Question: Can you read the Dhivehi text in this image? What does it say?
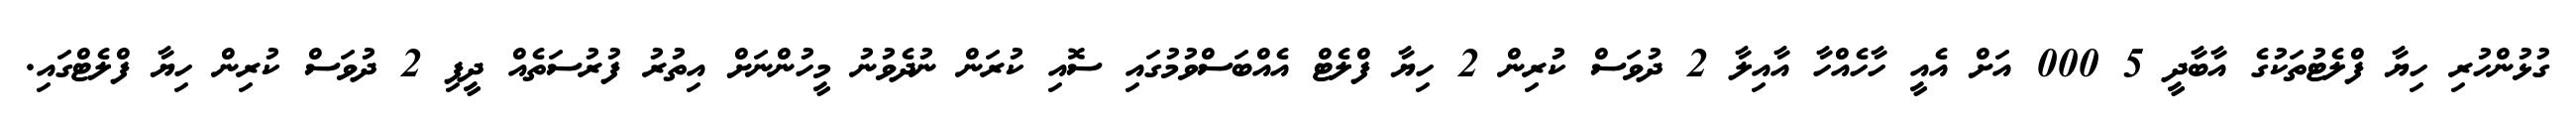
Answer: ގުޅުންހުރި ހިޔާ ފްލެޓުތަކުގެ އާބާދީ 5 000 އަށް އެއީ ހާހެއްހާ އާއިލާ 2 ދުވަސް ކުރިން 2 ހިޔާ ފްލެޓް އެއްބަސްވުމުގައި ސޮއި ކުރަން ނުދެވުނު މީހުންނަށް އިތުރު ފުރުސަތެއް ދީފި 2 ދުވަސް ކުރިން ހިޔާ ފްލެޓްގައި.